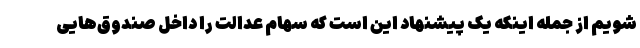
شویم از جمله اینکه یک پیشنهاد این است که سهام عدالت را داخل صندوق‌هایی